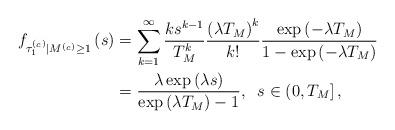
LaTeX: \begin{align*}f_{\tau^{(_c)}_1\vert M^{(_c)}\geq 1}\left(s\right) &= \sum_{k=1}^{\infty}\frac{k s^{k-1}}{T_{M}^k} \frac{\left( \lambda T_{M}\right) ^{k} }{k!}\frac{\exp \left( -\lambda T_{M}\right) }{1-\exp\left( -\lambda T_{M}\right)}\\&=\frac{\lambda \exp\left( \lambda s\right)}{\exp\left( \lambda T_{M}\right) -1 }, \;\;s\in \left(0,T_{M}\right],\end{align*}